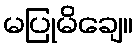
မပြုမိချေ။